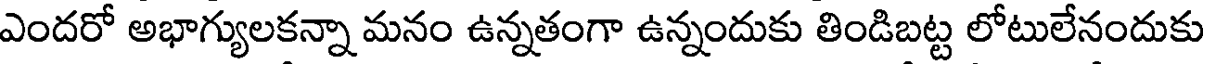
ఎందరో అభాగ్యులకన్నా మనం ఉన్నతంగా ఉన్నందుకు తిండిబట్ట లోటులేనందుకు